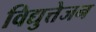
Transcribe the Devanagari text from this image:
विद्युत्तेजन